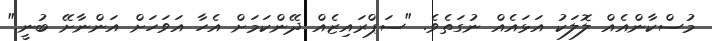
މުސްކާންއެއް ލޮލަކު އަޅައެއް ނުގަތެވެ. "ސަޕްރައިޒެއް ދޭންކަމަށް އެހާ އަވަހަށް އަންނާށޭ ބުނީ."